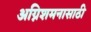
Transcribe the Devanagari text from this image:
अग्निशमनासाठी